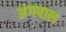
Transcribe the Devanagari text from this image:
अंगपाल